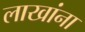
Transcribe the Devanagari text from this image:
लाखांना